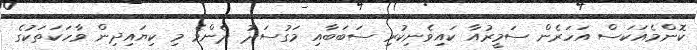
ކޮންމެއަކަސް އަހަރެން ސަމީރުއާ ކައިވެނިކުރި ސަބަބާއި މަގުސަދު ދެންމެ މި ކިޔައިދިން ވާހަކަތަކުގެ